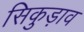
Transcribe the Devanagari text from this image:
सिकुड़ाव